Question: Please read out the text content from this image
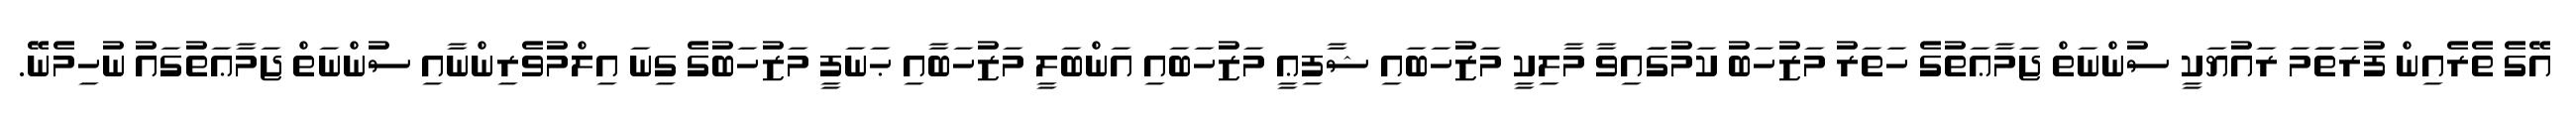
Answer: އޭގެ ތެރެއިން ފުރަތަަމަ ރައުޔަކީ ސުންނަތް ޖަމާޢަތުގެ ހަތަރު މަޒުހަބު ކަމުގަައިވާ މާލިކީ މަޒުހަބައި ޝާފިޢީ މަޒުހަބައި އަންބަލީ މަޒުހަބާއި ޙަނަފީ މަޒުހަބުގެ ގިނަ އިލްމުވެރިންނާއި ސުންނަތް ޖަމާޢަތުގައު ނުހިމެނޭ.